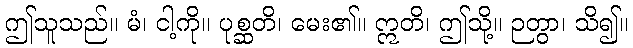
ဤသူသည်။ မံ၊ ငါ့ကို။ ပုစ္ဆတိ၊ မေး၏။ ဣတိ၊ ဤသို့။ ဉတွာ၊ သိ၍။